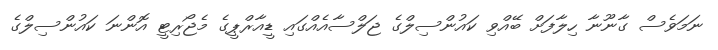
ނަމަވެސް ގާނޫނާ ހިލާފަށް ބޭއްވި ކައުންސިލްގެ ޖަލްސާއެއްގައި ޑީއާރްޕީގެ މެޖޯރިޓީ އޮންނަ ކައުންސިލްގެ